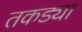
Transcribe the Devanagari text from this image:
तकड्या